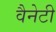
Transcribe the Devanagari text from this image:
वैनेटी